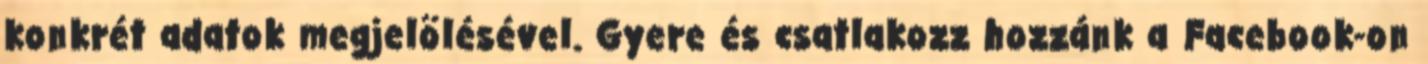
konkrét adatok megjelölésével. Gyere és csatlakozz hozzánk a Facebook-on